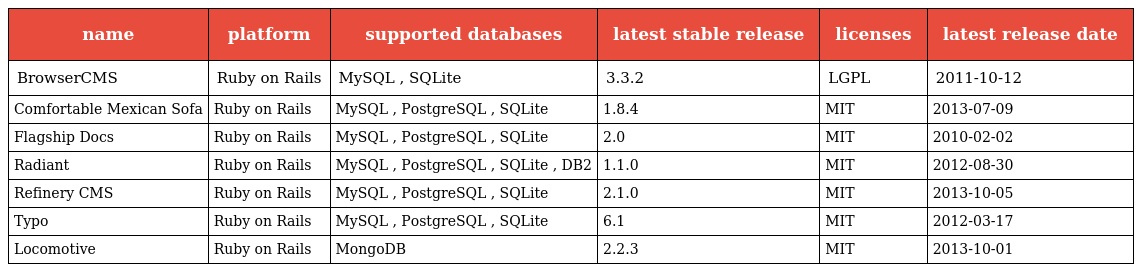
| name | platform | supported databases | latest stable release | licenses | latest release date |
 | --- | --- | --- | --- | --- | --- |
 | BrowserCMS | Ruby on Rails | MySQL , SQLite | 3.3.2 | LGPL | 2011-10-12 |
 | Comfortable Mexican Sofa | Ruby on Rails | MySQL , PostgreSQL , SQLite | 1.8.4 | MIT | 2013-07-09 |
 | Flagship Docs | Ruby on Rails | MySQL , PostgreSQL , SQLite | 2.0 | MIT | 2010-02-02 |
 | Radiant | Ruby on Rails | MySQL , PostgreSQL , SQLite , DB2 | 1.1.0 | MIT | 2012-08-30 |
 | Refinery CMS | Ruby on Rails | MySQL , PostgreSQL , SQLite | 2.1.0 | MIT | 2013-10-05 |
 | Typo | Ruby on Rails | MySQL , PostgreSQL , SQLite | 6.1 | MIT | 2012-03-17 |
 | Locomotive | Ruby on Rails | MongoDB | 2.2.3 | MIT | 2013-10-01 |